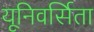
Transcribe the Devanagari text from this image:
यूनिवर्सिता